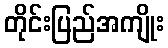
တိုင်းပြည်အကျိုး